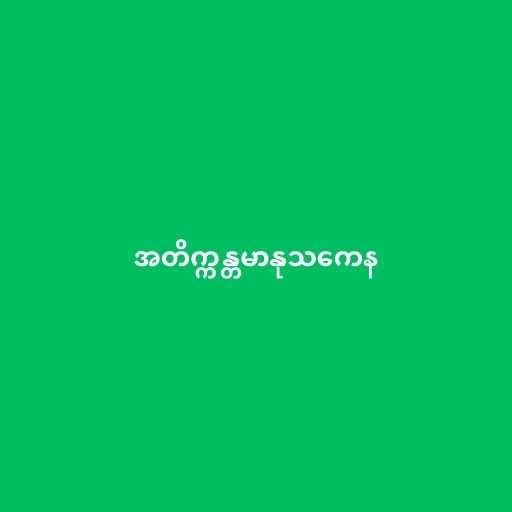
အတိက္ကန္တမာနုသကေန